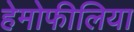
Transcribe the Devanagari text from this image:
हेमोफीलिया